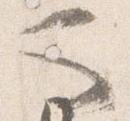
也